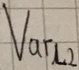
Text: Varl2